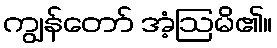
ကျွန်တော် အံ့ဩမိ၏။